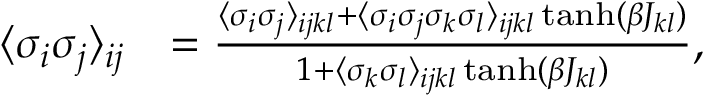
\begin{array} { r l } { \langle \sigma _ { i } \sigma _ { j } \rangle _ { i j } } & { = \frac { \langle \sigma _ { i } \sigma _ { j } \rangle _ { i j k l } + \langle \sigma _ { i } \sigma _ { j } \sigma _ { k } \sigma _ { l } \rangle _ { i j k l } \operatorname { t a n h } ( \beta J _ { k l } ) } { 1 + \langle \sigma _ { k } \sigma _ { l } \rangle _ { i j k l } \operatorname { t a n h } ( \beta J _ { k l } ) } , } \end{array}